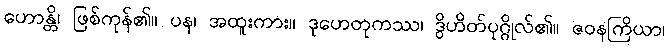
ဟောန္တိ၊ ဖြစ်ကုန်၏။ ပန၊ အထူးကား။ ဒုဟေတုကဿ၊ ဒွိဟိတ်ပုဂ္ဂိုလ်၏။ ဇဝနကြိယာ၊